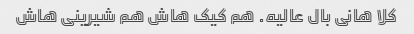
کلا هانی بال عالیه. هم کیک هاش هم شیرینی هاش